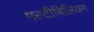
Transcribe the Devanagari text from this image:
मल्टीबिलियन